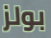
بولز